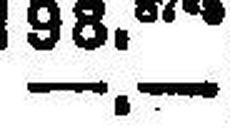
—.—